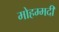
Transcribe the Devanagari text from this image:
मोहम्‍मदी